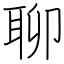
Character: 聊